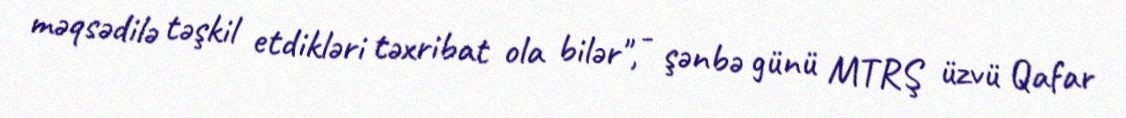
məqsədilə təşkil etdikləri təxribat ola bilər", - şənbə günü MTRŞ üzvü Qafar